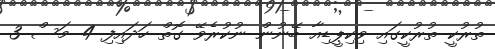
ތުރުކީ ތުރުކީގައި ވިކިޕީޑިއާ ބޭނުން ނުކުރެވޭ ގޮތް ހަދައިފި 4 މަސް 3